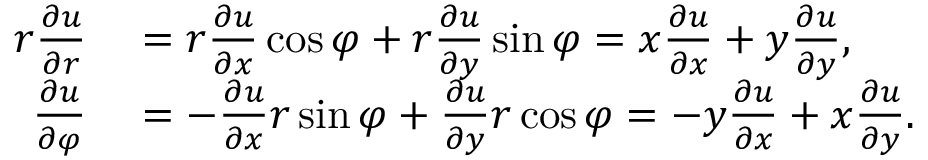
\begin{array} { r l } { r { \frac { \partial u } { \partial r } } } & { { } = r { \frac { \partial u } { \partial x } } \cos \varphi + r { \frac { \partial u } { \partial y } } \sin \varphi = x { \frac { \partial u } { \partial x } } + y { \frac { \partial u } { \partial y } } , } \\ { { \frac { \partial u } { \partial \varphi } } } & { { } = - { \frac { \partial u } { \partial x } } r \sin \varphi + { \frac { \partial u } { \partial y } } r \cos \varphi = - y { \frac { \partial u } { \partial x } } + x { \frac { \partial u } { \partial y } } . } \end{array}